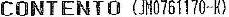
CONTENTO (JM0761170-K)